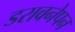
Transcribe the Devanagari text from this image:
डरावनेपन